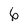
Character: 6